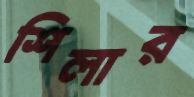
শিলার